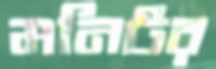
মনিটর